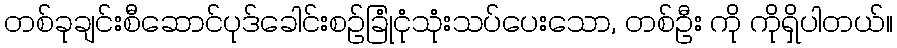
တစ်ခုချင်းစီဆောင်ပုဒ်ခေါင်းစဉ်ခြုံငုံသုံးသပ်ပေးသော, တစ်ဦး ကို ကိုရှိပါတယ်။